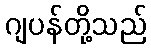
ဂျပန်တို့သည်